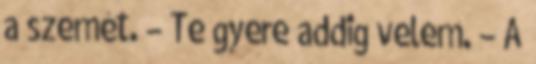
a szemét. – Te gyere addig velem. – A